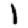
Digit: 1